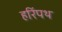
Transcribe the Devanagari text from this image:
हरिंपथ